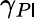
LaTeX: \gamma_{P\mathsf{I}}